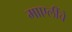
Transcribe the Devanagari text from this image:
माएलींचे